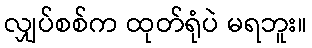
လျှပ်စစ်က ထုတ်ရုံပဲ မရဘူး။